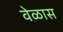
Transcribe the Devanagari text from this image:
वेळास